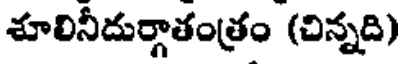
శూలినీదుర్గాతంత్రం (చిన్నది)